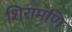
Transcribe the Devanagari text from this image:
शिरामणि